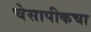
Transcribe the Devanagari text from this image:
चेसापीकचा